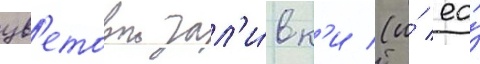
цв'етовои зал'и́вк'и (и́ ео́